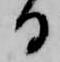
る